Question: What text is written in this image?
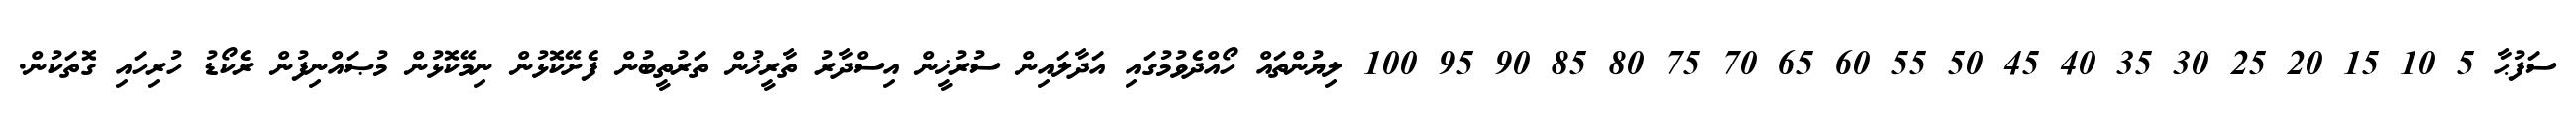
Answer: ސަފުޙާ 5 10 15 20 25 30 35 40 45 50 55 60 65 70 75 80 85 90 95 100 ލިޔުންތައް ހޯއްދެވުމުގައި އަދާލައިން ސުރުޚީން އިސްދާރު ތާރީޚުން ތަރުތީބުން ފެށޭކޮޅުން ނިމޭކޮޅުން މުޞައްނިފުން ރެކޯޑު ހުރިހައި ގޮތަކުން.